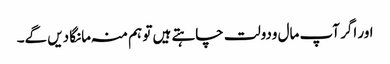
اور اگر آپ مال ودولت چاہتے ہیں تو ہم منہ مانگا دیں گے۔